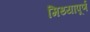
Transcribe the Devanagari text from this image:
मिथ्यापूर्ण